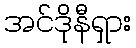
အင်ဒိုနီရှား